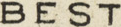
BEST